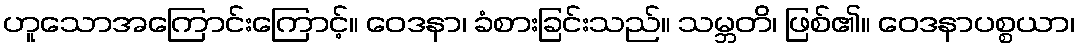
ဟူသောအကြောင်းကြောင့်။ ဝေဒနာ၊ ခံစားခြင်းသည်။ သမ္ဘတိ၊ ဖြစ်၏။ ဝေဒနာပစ္စယာ၊